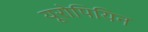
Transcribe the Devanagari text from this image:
यूरोपियिन